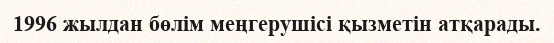
1996 жылдан бөлім меңгерушісі қызметін атқарады.